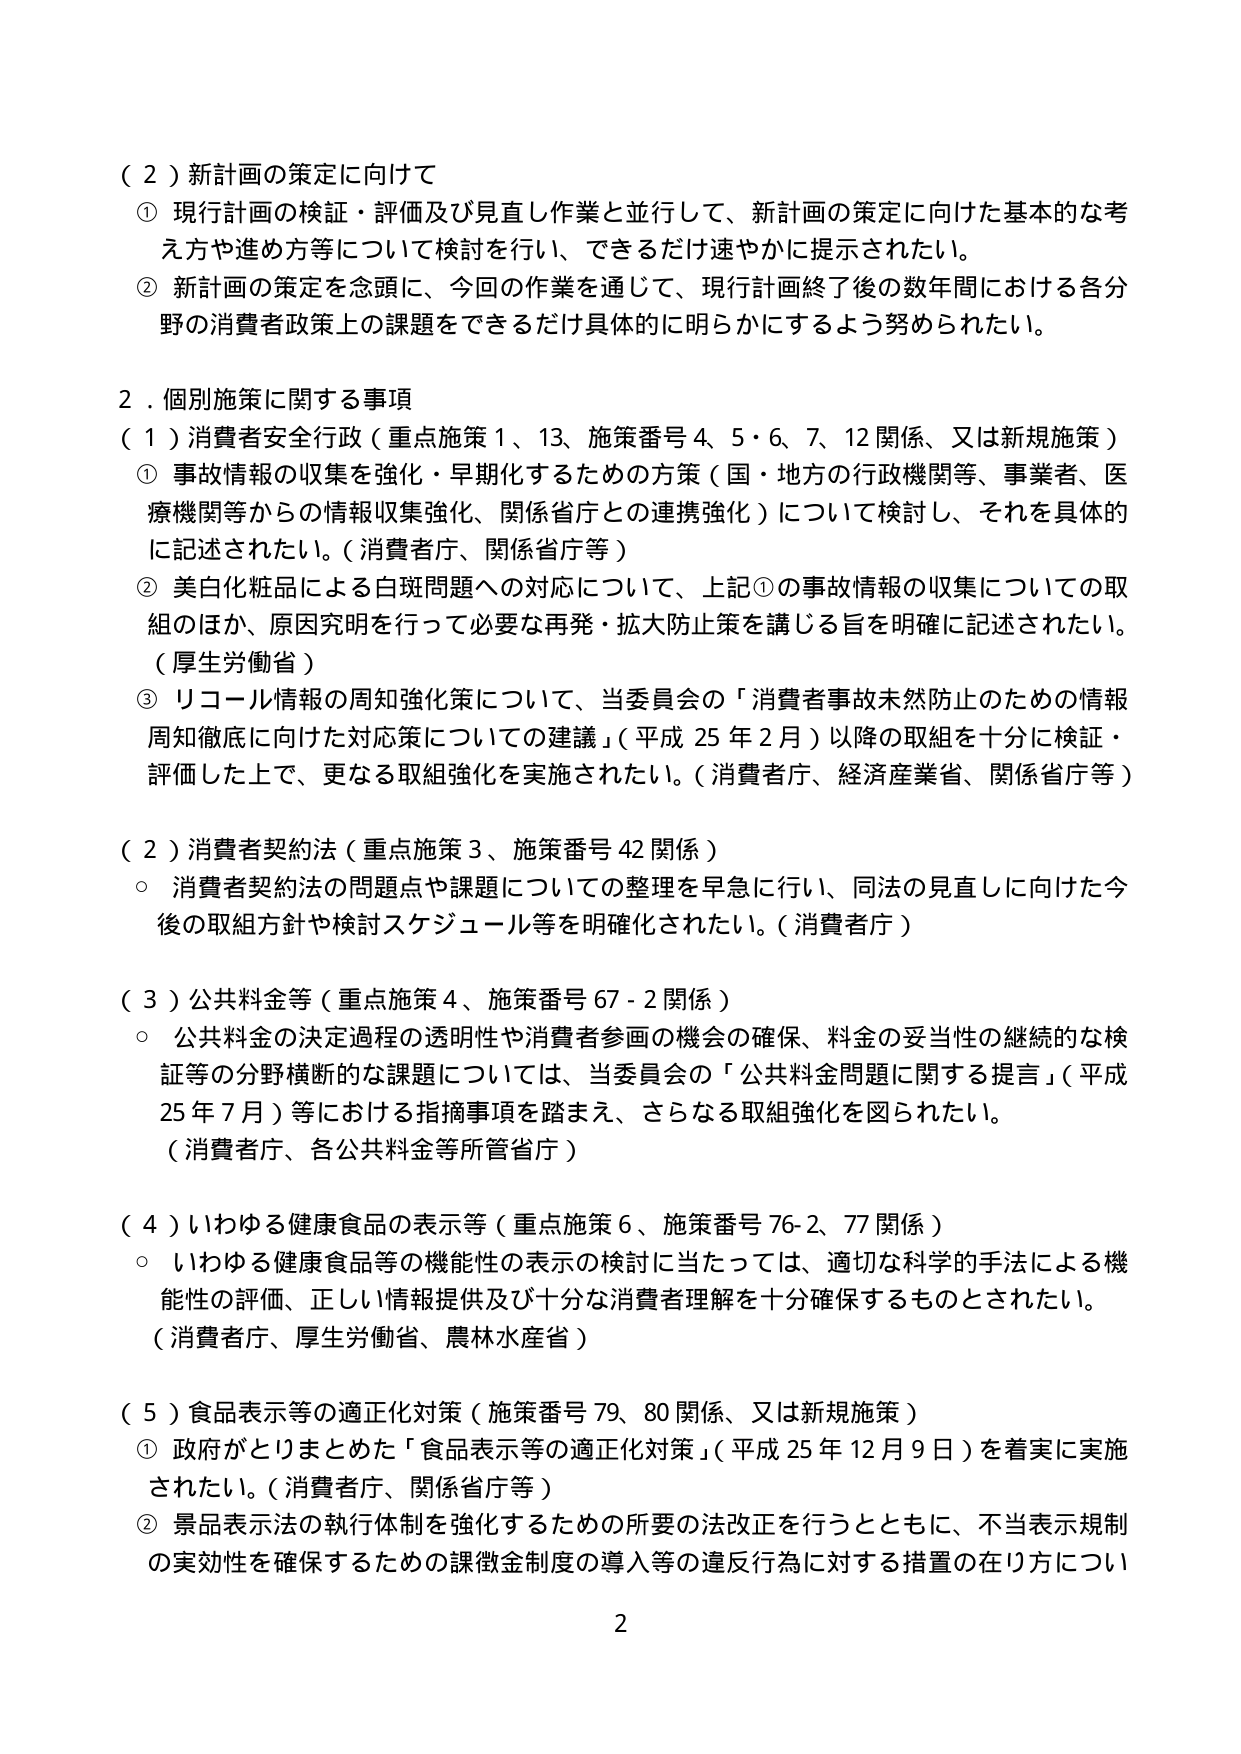
（２）新計画の策定に向けて
① 現行計画の検証・評価及び見直し作業と並行して、新計画の策定に向けた基本的な考え方や進め方等について検討を行い、できるだけ速やかに提示されたい。
② 新計画の策定を念頭に、今回の作業を通じて、現行計画終了後の数年間における各分野の消費者政策上の課題をできるだけ具体的に明らかにするよう努められたい。

２．個別施策に関する事項
（１）消費者安全行政（重点施策１、13、施策番号４、５・６、７、12関係、又は新規施策）
① 事故情報の収集を強化・早期化するための方策（国・地方の行政機関等、事業者、医療機関等からの情報収集強化、関係省庁との連携強化）について検討し、それを具体的に記述されたい。（消費者庁、関係省庁等）
② 美白化粧品による白斑問題への対応について、上記①の事故情報の収集についての取組のほか、原因究明を行って必要な再発・拡大防止策を講じる旨を明確に記述されたい。（厚生労働省）
③ リコール情報の周知強化策について、当委員会の「消費者事故未然防止のための情報周知徹底に向けた対応策についての建議」（平成25年2月）以降の取組を十分に検証・評価した上で、更なる取組強化を実施されたい。（消費者庁、経済産業省、関係省庁等）

（２）消費者契約法（重点施策３、施策番号42関係）
○ 消費者契約法の問題点や課題についての整理を早急に行い、同法の見直しに向けた今後の取組方針や検討スケジュール等を明確化されたい。（消費者庁）

（３）公共料金等（重点施策４、施策番号67-2関係）
○ 公共料金の決定過程の透明性や消費者参画の機会の確保、料金の妥当性の継続的な検証等の分野横断的な課題については、当委員会の「公共料金問題に関する提言」（平成25年7月）等における指摘事項を踏まえ、さらなる取組強化を図られたい。（消費者庁、各公共料金等所管省庁）

（４）いわゆる健康食品の表示等（重点施策６、施策番号76-2、77関係）
○ いわゆる健康食品等の機能性の表示の検討に当たっては、適切な科学的手法による機能性の評価、正しい情報提供及び十分な消費者理解を十分確保するものとされたい。（消費者庁、厚生労働省、農林水産省）

（５）食品表示等の適正化対策（施策番号79、80関係、又は新規施策）
① 政府がとりまとめた「食品表示等の適正化対策」（平成25年12月9日）を着実に実施されたい。（消費者庁、関係省庁等）
② 景品表示法の執行体制を強化するための所要の法改正を行うとともに、不当表示規制の実効性を確保するための課徴金制度の導入等の違反行為に対する措置の在り方につい

2